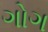
ગોગ